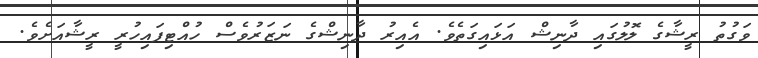
ވަގުތު ރީޝާގެ ލޮލުގައި ދާނިޝް އަޅައިގަތެވެ. އެއިރު ދާނިޝްގެ ނަޒަރުވެސް ހުއްޓިފައިހުރީ ރީޝާއަށެެވެ.